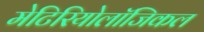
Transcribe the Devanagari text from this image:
मेटिरियोलॉजिकल